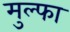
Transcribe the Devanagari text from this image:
मुल्फा